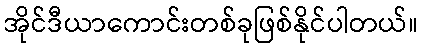
အိုင်ဒီယာကောင်းတစ်ခုဖြစ်နိုင်ပါတယ်။